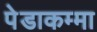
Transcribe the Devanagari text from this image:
पेडाकम्मा